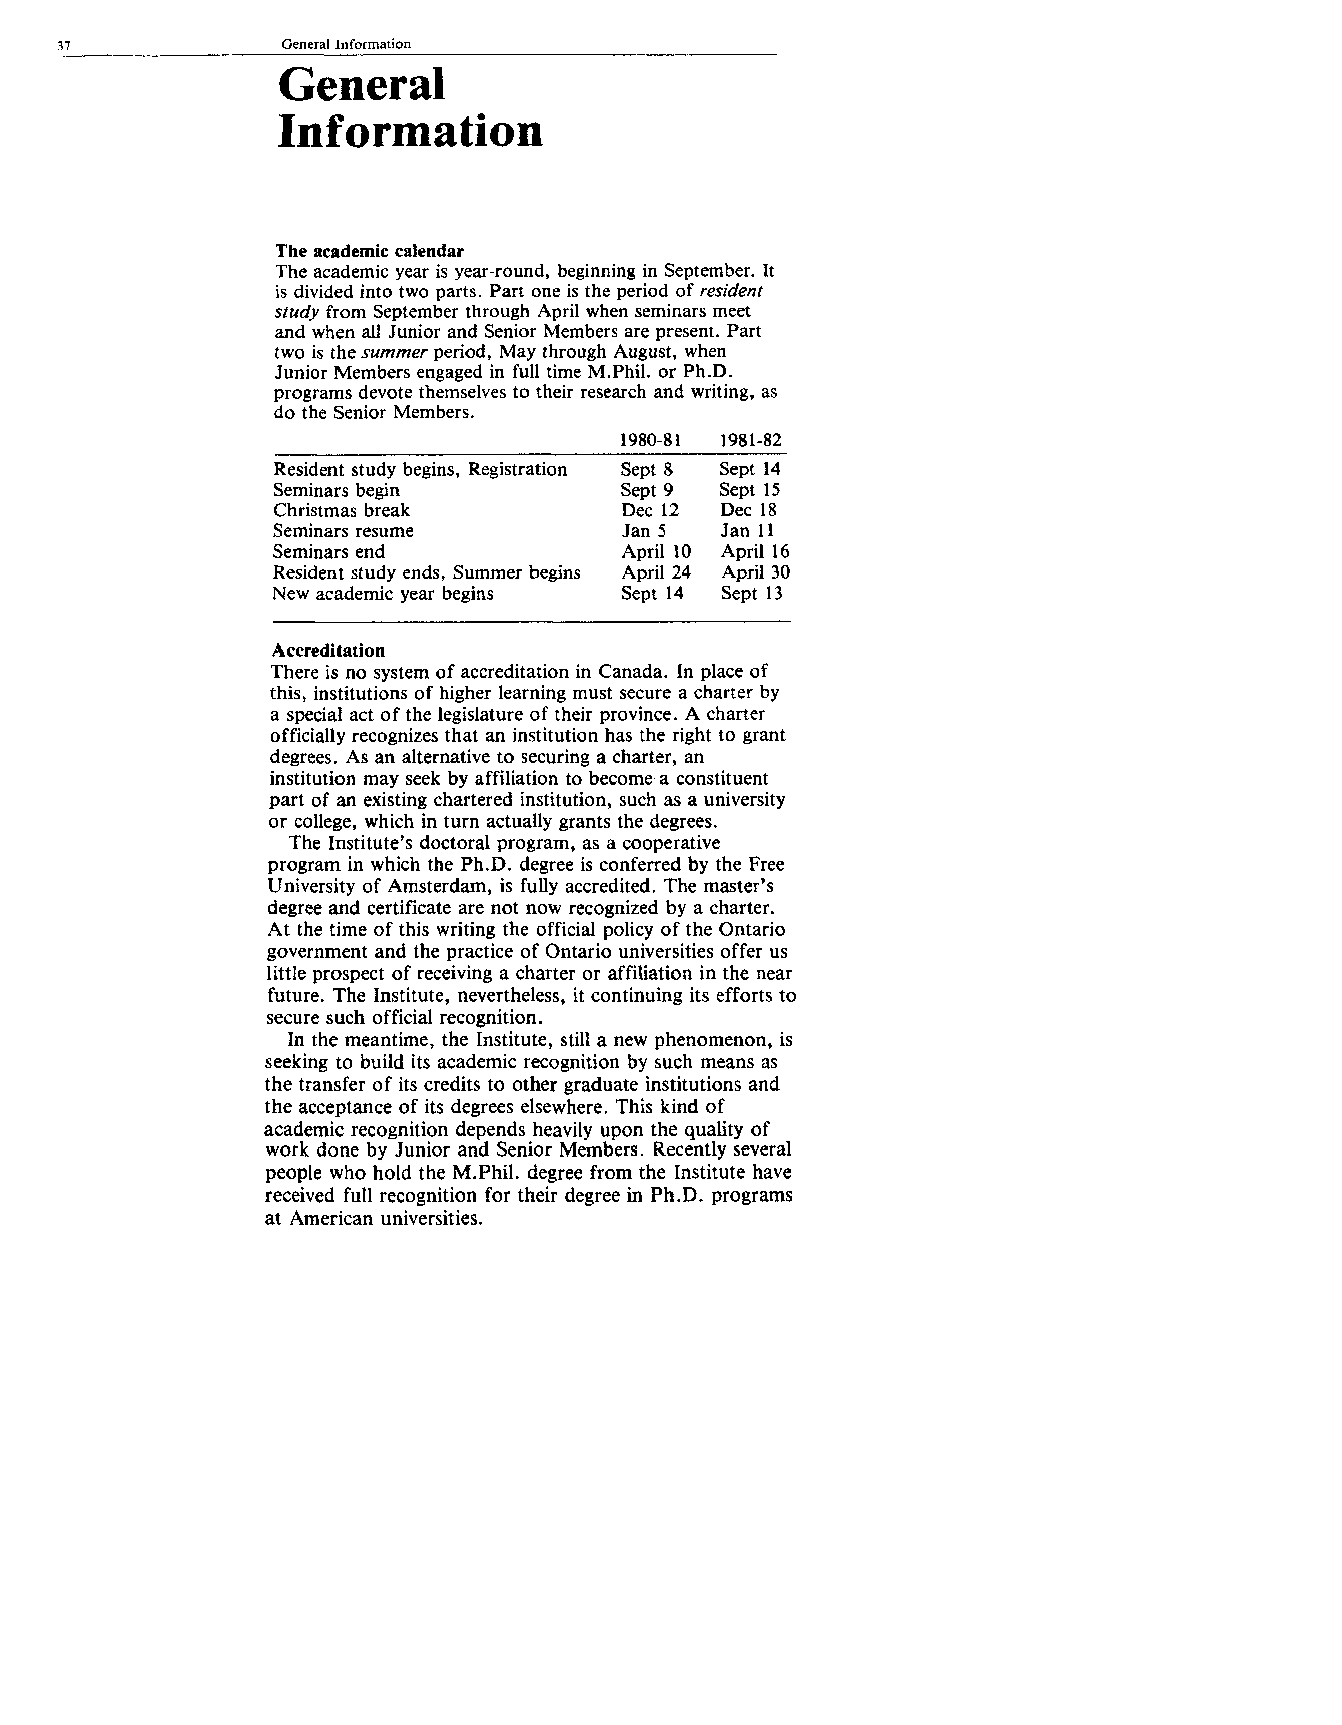
37             General Information
 General
 Information
 The academic calendar
 The academic year is year-round, beginning in September. It
 is divided into two parts. Part one is the period of resident
 study from September through April when seminars meet
 and when all Junior and Senior Members are present. Part
 two is the summer period, May through August, when
 Junior Members engaged in full time M.Phil. or Ph.D.
 programs devote themselves to their research and writing, as
 do the Senior Members.
 1980-81 1981-82
 Resident study begins, Registration Sept 8 Sept 14
 Seminars begin         Sept 9 Sept 15
 Christmas break        Dec 12 Dec 18
 Seminars resume        Jan 5  Jan 11
 Seminars end           April 10 April 16
 Resident study ends, Summer begins April 24 April 30
 New academic year begins Sept 14 Sept 13
 Accreditation
 There is no system of accreditation in Canada. In place of
 this, institutions of higher learning must secure a charter by
 a special act of the legislature of their province. A charter
 officially recognizes that an institution has the right to grant
 degrees. As an alternative to securing a charter, an
 institution may seek by affiliation to become a constituent
 part of an existing chartered institution, such as a university
 or college, which in turn actually grants the degrees.
 The Institute’s doctoral program, as a cooperative
 program in which the Ph.D. degree is conferred by the Free
 University of Amsterdam, is fully accredited. The master’s
 degree and certificate are not now recognized by a charter.
 At the time of this writing the official policy of the Ontario
 government and the practice of Ontario universities offer us
 little prospect of receiving a charter or affiliation in the near
 future. The Institute, nevertheless, it continuing its efforts to
 secure such official recognition.
 In the meantime, the Institute, still a new phenomenon, is
 seeking to build its academic recognition by such means as
 the transfer of its credits to other graduate institutions and
 the acceptance of its degrees elsewhere. This kind of
 academic recognition depends heavily upon the quality of
 work done by Junior and Senior Members. Recently several
 people who hold the M.Phil. degree from the Institute have
 received full recognition for their degree in Ph.D. programs
 at American universities.